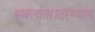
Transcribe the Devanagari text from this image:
स्थलांतरादरम्यान